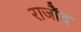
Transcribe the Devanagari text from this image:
राजौंद